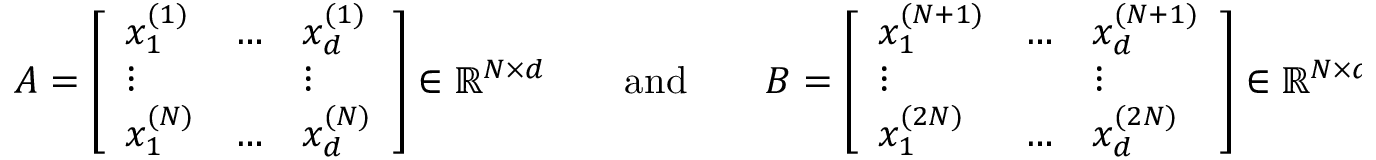
A = \left[ \begin{array} { l l l } { x _ { 1 } ^ { ( 1 ) } } & { \ldots } & { x _ { d } ^ { ( 1 ) } } \\ { \vdots } & { } & { \vdots } \\ { x _ { 1 } ^ { ( N ) } } & { \ldots } & { x _ { d } ^ { ( N ) } } \end{array} \right] \in \mathbb { R } ^ { N \times d } \qquad \mathrm { a n d } \qquad B = \left[ \begin{array} { l l l } { x _ { 1 } ^ { ( N + 1 ) } } & { \ldots } & { x _ { d } ^ { ( N + 1 ) } } \\ { \vdots } & { } & { \vdots } \\ { x _ { 1 } ^ { ( 2 N ) } } & { \ldots } & { x _ { d } ^ { ( 2 N ) } } \end{array} \right] \in \mathbb { R } ^ { N \times d } ,